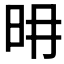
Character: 𣅧